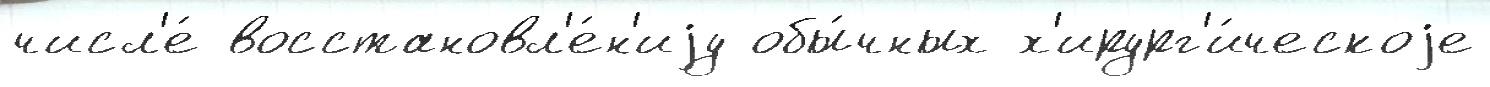
числ'е́ восстановл'е́н'иjу обы́чных х'ирург'и́ческоjе